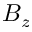
B _ { z }